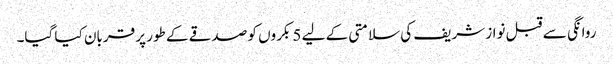
روانگی سے قبل نواز شریف کی سلامتی کے لیے 5 بکروں کو صدقے کے طور پر قربان کیا گیا۔